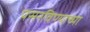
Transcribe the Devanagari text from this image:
पसरविण्याच्या